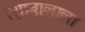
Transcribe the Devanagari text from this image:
त्शाबालाला